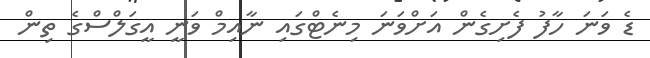
ޑެ ވަނަ ހާފު ފެށިގެން އަށްވަނަ މިނެޓްގައި ނާއިމް ވަނީ އީގަލްސްގެ ތިން